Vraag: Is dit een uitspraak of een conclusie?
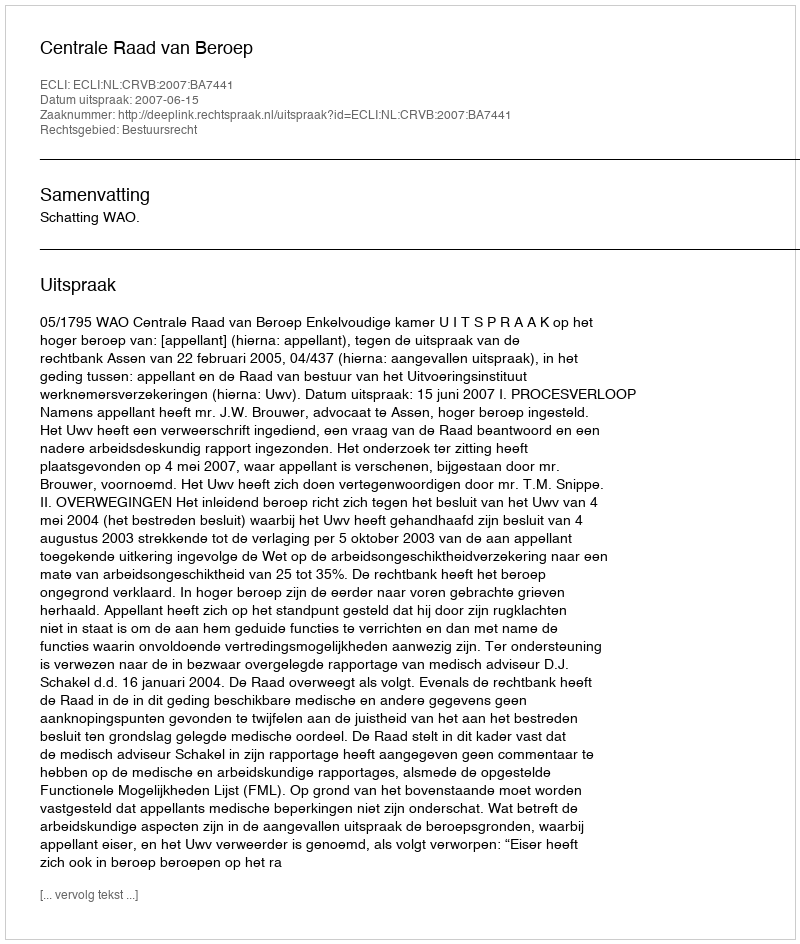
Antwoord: Uitspraak